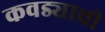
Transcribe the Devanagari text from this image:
कवड्याची